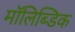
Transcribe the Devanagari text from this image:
मॉलिब्डिक